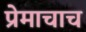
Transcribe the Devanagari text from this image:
प्रेमाचाच